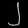
Digit: ၂